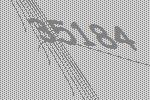
35184